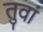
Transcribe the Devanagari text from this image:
तुवां